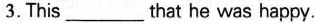
3. This___that he was happy.